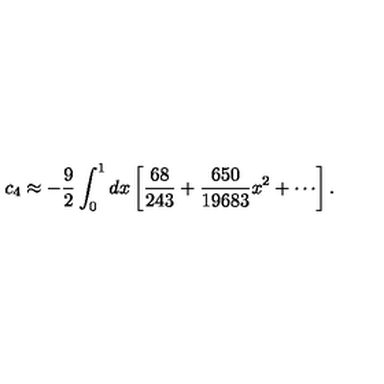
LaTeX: c _ { 4 } \approx - \frac { 9 } { 2 } \int _ { 0 } ^ { 1 } d x \left[ \frac { 6 8 } { 2 4 3 } + \frac { 6 5 0 } { 1 9 6 8 3 } x ^ { 2 } + \cdots \right] .